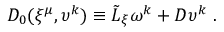
D _ { 0 } ( \xi ^ { \mu } , \upsilon ^ { k } ) \equiv { \tilde { \cal L } } _ { \xi } \omega ^ { k } + D \upsilon ^ { k } \ .